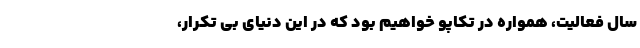
سال فعالیت، همواره در تکاپو خواهیم بود که در این دنیای بی تکرار،